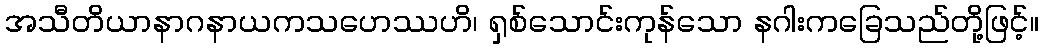
အသီတိယာနာဂနာယကသဟေဿဟိ၊ ရှစ်သောင်းကုန်သော နဂါးကခြေသည်တို့ဖြင့်။